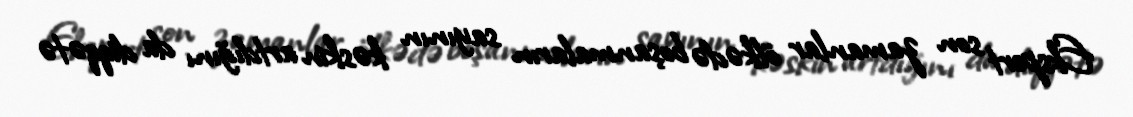
Ekspert son zamanlar ölkədə boşanmaların sayının kəskin artdığını da diqqətə